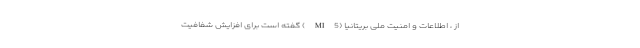
از ، اطلاعات و امنیت ملی بریتانیا (MI5) گفته است برای افزایش شفافیت